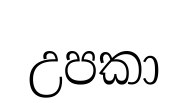
උපකා